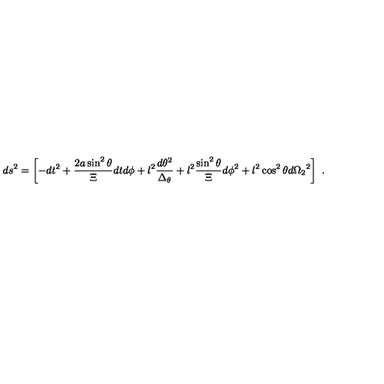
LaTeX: d s ^ { 2 } = \left[ - d t ^ { 2 } + { \frac { 2 a \sin ^ { 2 } { \theta } } { \Xi } } d t d \phi + l ^ { 2 } { \frac { d \theta ^ { 2 } } { \Delta _ { \theta } } } + l ^ { 2 } { \frac { \sin ^ { 2 } { \theta } } { \Xi } } d \phi ^ { 2 } + l ^ { 2 } \cos ^ { 2 } { \theta } d { \Omega _ { 2 } } ^ { 2 } \right] \ .